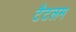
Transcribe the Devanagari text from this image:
टैटलम